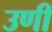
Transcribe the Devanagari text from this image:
उणीं